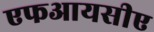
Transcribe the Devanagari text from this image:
एफआयसीए